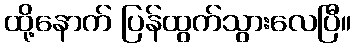
ထို့နောက် ပြန်ထွက်သွားလေပြီ။